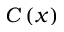
C \left( x \right)